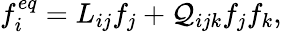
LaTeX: f_{i}^{eq}=L_{ij}f_{j}+\mathcal{Q}_{ijk}f_{j}f_{k},